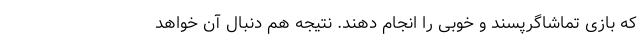
که بازی تماشاگرپسند و خوبی را انجام دهند. نتیجه هم دنبال آن خواهد